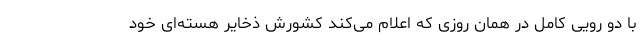
با دو رویی کامل در همان روزی که اعلام می‌کند کشورش ذخایر هسته‌ای خود